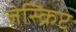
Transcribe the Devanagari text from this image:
जेस्क्रिप्ट